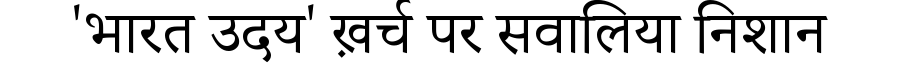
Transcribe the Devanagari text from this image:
'भारत उदय' ख़र्च पर सवालिया निशान